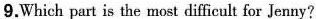
9.Which part is the most difficult for Jenny?